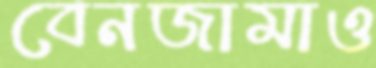
বেনজামাও